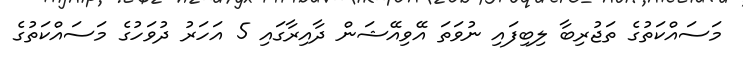
މަސައްކަތުގެ ތަޖުރިބާ ލިބިފައި ނުވަތަ އޭވިއޭޝަން ދާއިރާގައި 5 އަހަރު ދުވަހުގެ މަސައްކަތުގެ